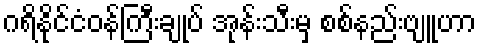
ဂရိနိုင်ငံဝန်ကြီးချုပ် အုန်းသီးမှ စစ်နည်းဗျူဟာ